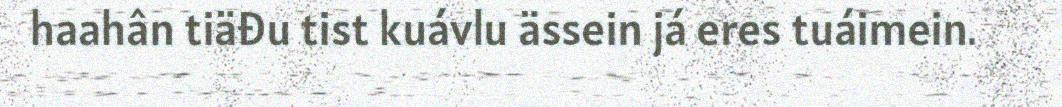
haahân tiäđu tist kuávlu ässein já eres tuáimein.